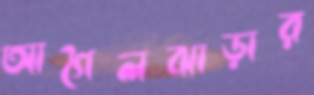
আগৈলঝাড়ার